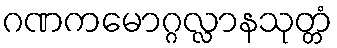
ဂဏကမောဂ္ဂလ္လာနသုတ္တံ